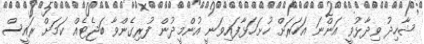
ޝާހިދު ވިދާޅުވީ އަންނަ އަހަރަށް ހުށަހަޅާފައިވަނީ އުންމީދުން ފުރިގެންވާ ބަޖެޓެއް ކަމަށް ރައީސް